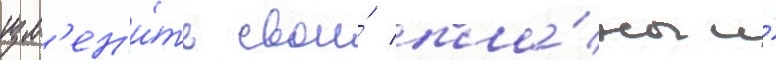
изм'ен'и́ть свои́ пла́ны и́